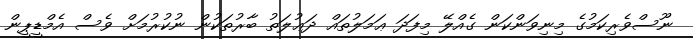
ނޫސްވެރިކަމުގެ މިނިވަންކަން ގެއްލޭ މިފަދަ ޢަމަލުތައް ދަޢުލަތު ބާރުތަކުން ނުކުރުމަށް ވެސް އެމްޑީޕީން